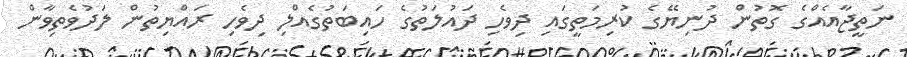
ނަތީޖާއެއްގެ ގޮތުން ދުނިޔޭގެ ކުރިމަތީގައި ދިވެހި ދައުލަތުގެ ހައިބަތުގެއްލި ދިވެހި ރައްޔިތުން ލަދުވެތިވާން